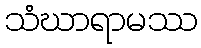
သံဃာရာမဿ